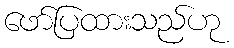
ဖော်ပြထားသည်ဟု